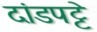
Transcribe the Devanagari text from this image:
दांडपट्टे